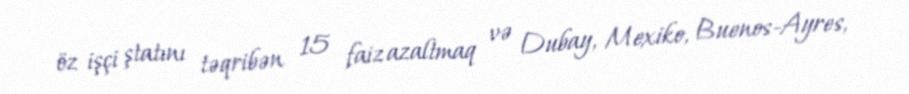
öz işçi ştatını təqribən 15 faiz azaltmaq və Dubay, Mexiko, Buenos-Ayres,